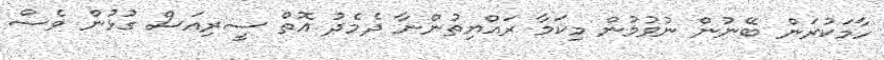
ހާމަކުރަން ބޭނުން ނުވުމުން މިކަމާ ރައްޔިތުންނާ ދެމެދު އޮތް ސީރިއަސް ގުޅުން ވެސް